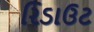
રિડાઉટ